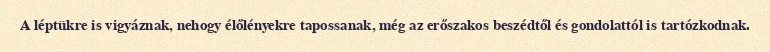
A léptükre is vigyáznak, nehogy élőlényekre tapossanak, még az erőszakos beszédtől és gondolattól is tartózkodnak.